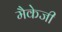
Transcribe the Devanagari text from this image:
मैकेजी